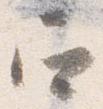
召